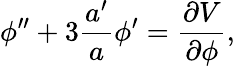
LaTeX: {\phi}^{\prime\prime}+3\frac{a^{\prime}}{a}{\phi}^{\prime}=\frac{\partial V}{\partial\phi},